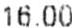
16.00